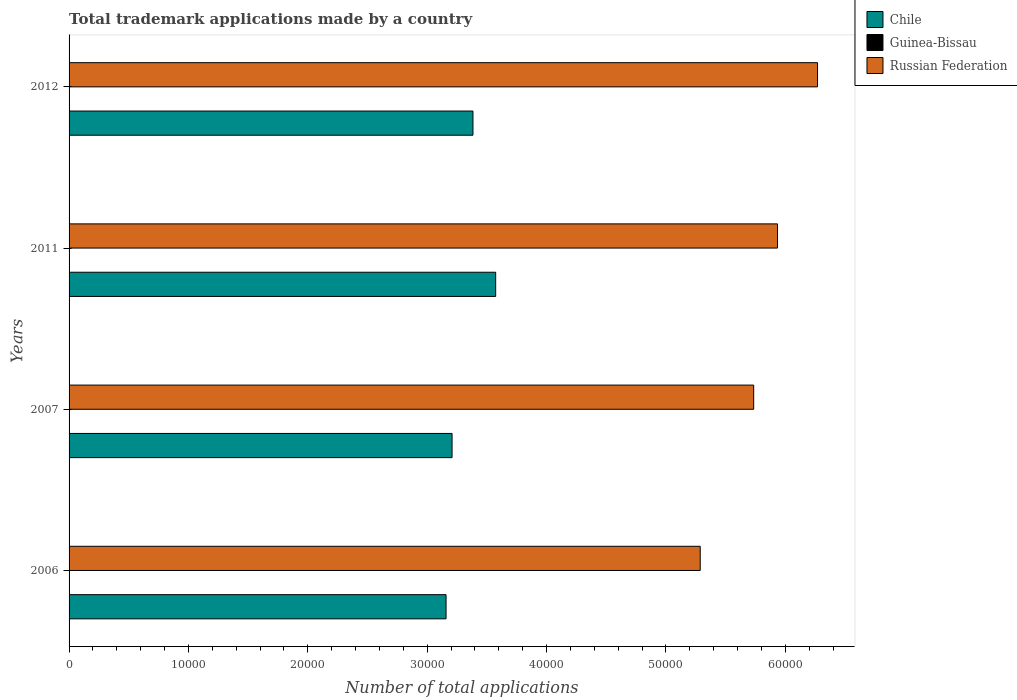
| Years | Chile | Guinea-Bissau | Russian Federation |
 | --- | --- | --- | --- |
 | 2006 | 3.16e+04 | 5 | 5.29e+04 |
 | 2007 | 3.21e+04 | 6 | 5.73e+04 |
 | 2011 | 3.57e+04 | 11 | 5.93e+04 |
 | 2012 | 3.38e+04 | 12 | 6.27e+04 |